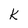
Character: k